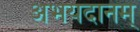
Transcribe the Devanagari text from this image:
अभयदानम्